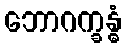
ဘောဂက္ခန္ဓံ